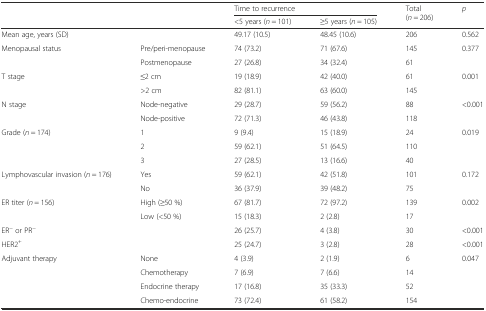
| <ROWSPAN=2-COLSPAN=2>  | <COLSPAN=2> Time to recurrence | <ROWSPAN=2> Total (n = 206) | <ROWSPAN=2> p |
 | <5 years (n = 101) | ≥5 years (n = 105) |
 | --- | --- | --- | --- | --- | --- |
 | <COLSPAN=2> Mean age, years (SD) | 49.17 (10.5) | 48.45 (10.6) | 206 | 0.562 |
 | Menopausal status | Pre/peri-menopause | 74 (73.2) | 71 (67.6) | 145 | 0.377 |
 |  | Postmenopause | 27 (26.8) | 34 (32.4) | 61 |  |
 | <ROWSPAN=2> T stage | ≤2 cm | 19 (18.9) | 42 (40.0) | 61 | <ROWSPAN=2> 0.001 |
 | >2 cm | 82 (81.1) | 63 (60.0) | 145 |
 | <ROWSPAN=2> N stage | Node-negative | 29 (28.7) | 59 (56.2) | 88 | <ROWSPAN=2> <0.001 |
 | Node-positive | 72 (71.3) | 46 (43.8) | 118 |
 | <ROWSPAN=3> Grade (n = 174) | 1 | 9 (9.4) | 15 (18.9) | 24 | <ROWSPAN=3> 0.019 |
 | 2 | 59 (62.1) | 51 (64.5) | 110 |
 | 3 | 27 (28.5) | 13 (16.6) | 40 |
 | <ROWSPAN=2> Lymphovascular invasion (n = 176) | Yes | 59 (62.1) | 42 (51.8) | 101 | <ROWSPAN=2> 0.172 |
 | No | 36 (37.9) | 39 (48.2) | 75 |
 | <ROWSPAN=2> ER titer (n = 156) | High (≥50 %) | 67 (81.7) | 72 (97.2) | 139 | <ROWSPAN=2> 0.002 |
 | Low (<50 %) | 15 (18.3) | 2 (2.8) | 17 |
 | <COLSPAN=2> ER− or PR− | 26 (25.7) | 4 (3.8) | 30 | <0.001 |
 | <COLSPAN=2> HER2+ | 25 (24.7) | 3 (2.8) | 28 | <0.001 |
 | <ROWSPAN=4> Adjuvant therapy | None | 4 (3.9) | 2 (1.9) | 6 | <ROWSPAN=4> 0.047 |
 | Chemotherapy | 7 (6.9) | 7 (6.6) | 14 |
 | Endocrine therapy | 17 (16.8) | 35 (33.3) | 52 |
 | Chemo-endocrine | 73 (72.4) | 61 (58.2) | 154 |